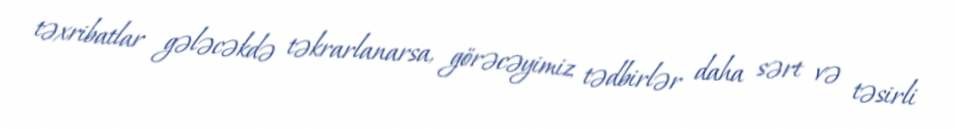
təxribatlar gələcəkdə təkrarlanarsa, görəcəyimiz tədbirlər daha sərt və təsirli